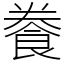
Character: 餋